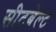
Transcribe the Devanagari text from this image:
सीटबेल्‍ट